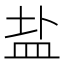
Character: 盐